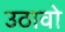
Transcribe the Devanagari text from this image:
उठावो